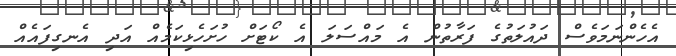
އެހެންނަމަވެސް ދައުލަތުގެ ފަރާތުން އެ މައްސަލަ އެ ކޯޓަށް ހުށަހެޅިކަމެއް އަދި އެނގިފައެއް